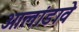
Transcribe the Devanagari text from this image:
ओलांडावे